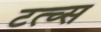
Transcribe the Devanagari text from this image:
टत्च्स